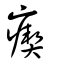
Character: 瘈